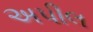
અપીલ